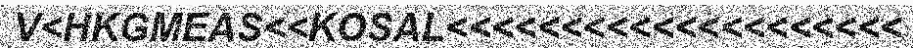
V<HKGMEAS<<KOSAL<<<<<<<<<<<<<<<<<<<<